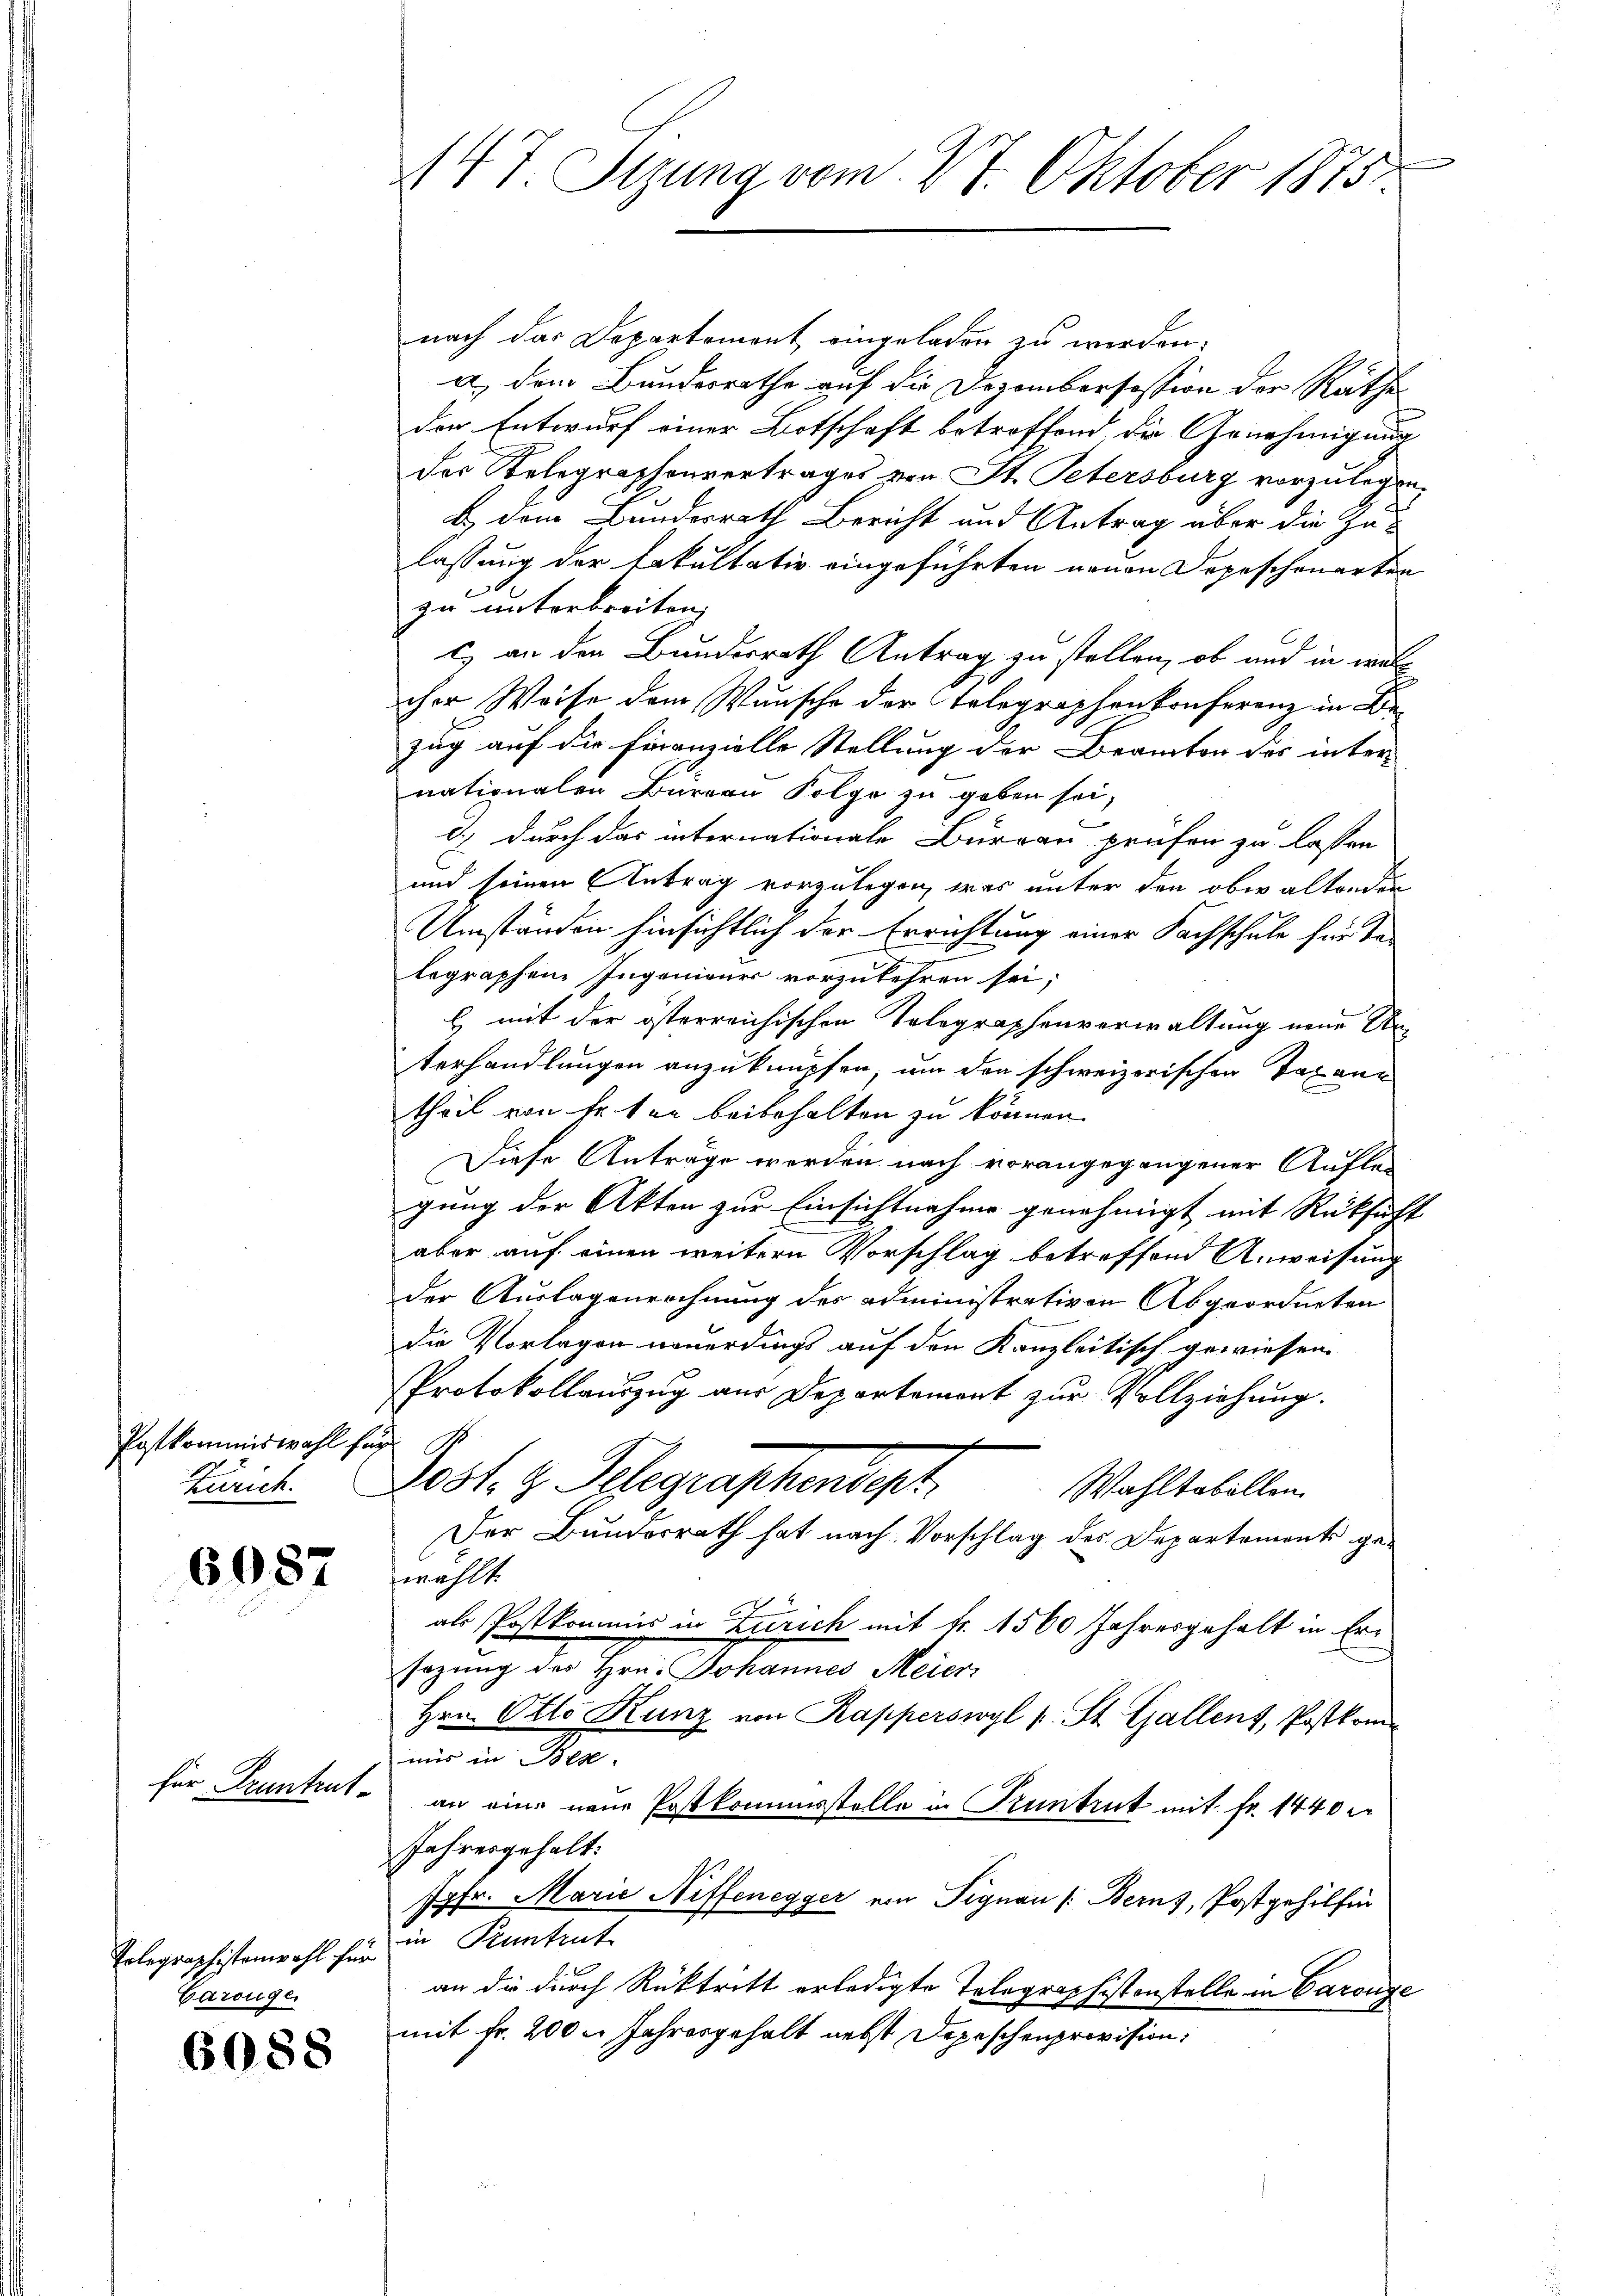
Postkommiswahl für s
Zürich.

6087

für Pruntrut¬

Garouge

6088

nach das Departement eingeladen zu werden.
a) dem Bundesrathe auf die Dezembersession der Räthe
der Entwurf einer Botschaft betroffend die Genehmigung
des Relegraphenvertrages von St. Petersburg vorzulegen.
B.) Dem Bundesrath Bericht und Antrag über die Zu-
lassung der Fakultativ eingeführten neuen Depeschenarten
zu unterbreiten,
c) an den Bundesrath Antrag zu stellen, ob und in welcher Weise dem Wunsche der Telegraphenkonferenz in Bezug auf die Finanzielle Stellung der Beamten des inter-
nationalen Bureau Folge zu geben sei,
) durch das internationale Bureau prüfen zu lassen
und seinen Antrag vorzulegen, was unter den obwaltenden
Umständen hinsichtlich der Errichtung einer Fachschule für Talegraphen Ingenieurs vorzukehren sei;
E mit der österreichischen Selegraphenverwaltung neue Anterhandlungen anzuknüpfen, um den schweizerischen Taxantheil von Fr. ten beibehalten zu können.
Diese Anträge werden nach vorangegangener Aufleg
gung der Akten zur Einsichtnahme genehmigt mit Rüksicht
aber auf einen weitern Vorschlag betreffend Anweisung
der Auslagenrechnung des administrativen Abgeordneten
die Vorlagen neuerdings auf den Kanzleitisch gewiesen.
Protokollauszug aus Departement zur Vollziehung.
Lobl. z. Telegraphendepr
Wahltabellen.
Der Bunderrath hat nach Vorschlag des Departemonts gewählt.
als Postkommis in Zürich mit Fr. 1560 Jahresgehalt in Ersazung des Hrn. Johannes Meier
Hrn. Otto Kunz von Kapperswyl v. St. Gallenz, Postkomm
uis in Bea
an eine neue Postkommisstelle in Pruntrut mit Fr. 1440
Jahresgehalt.
Jgfr. Marie Neffenegger von Signau (Berns, Postgehilfen
Telegraphistenwohl für in Pruntrut
an die durch Rücktritt erledigte Tolographistonstelle in Carouge
mit Fr. 200 l. Jahresgehalt nebst Depeschenprovision:

147. Sizung vom 27. Oktober 1875.